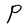
Character: P